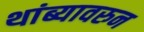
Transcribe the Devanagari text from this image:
थांब्यावरुन